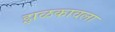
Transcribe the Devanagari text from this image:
झळकावला